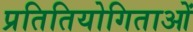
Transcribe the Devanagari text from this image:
प्रतितियोगिताओं